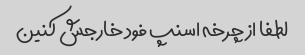
لطفا از چرخه اسنپ فود خارجش کنین